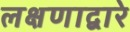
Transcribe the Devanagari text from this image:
लक्षणाद्वारे